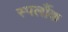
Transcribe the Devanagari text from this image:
स्पर्लौक